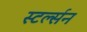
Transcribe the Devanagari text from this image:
स्टर्ल्सन